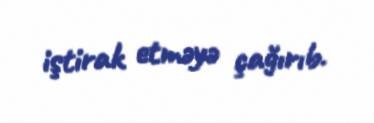
iştirak etməyə çağırıb.